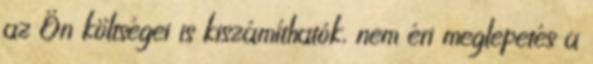
az Ön költségei is kiszámíthatók, nem éri meglepetés a